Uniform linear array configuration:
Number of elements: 4
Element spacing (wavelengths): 0.25
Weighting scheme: kaiser
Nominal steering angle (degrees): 30
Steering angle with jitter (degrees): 29.357
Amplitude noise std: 0.05
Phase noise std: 0.05

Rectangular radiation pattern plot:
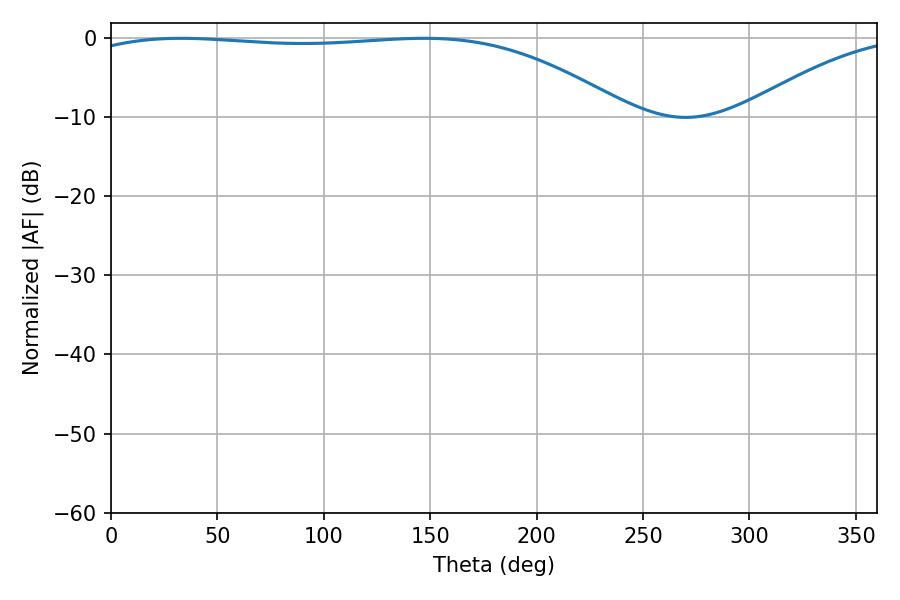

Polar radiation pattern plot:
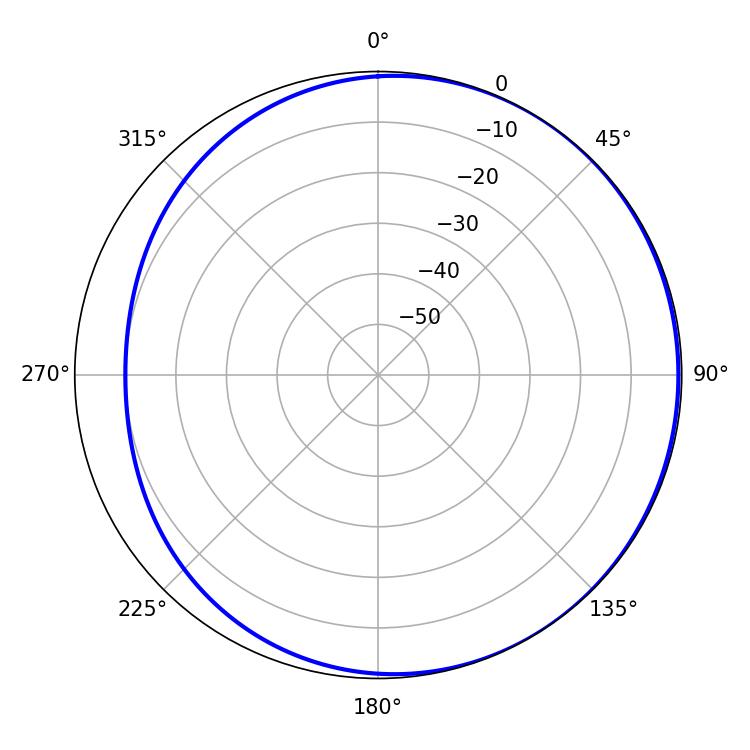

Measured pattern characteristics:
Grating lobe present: FALSE
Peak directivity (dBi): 1.581
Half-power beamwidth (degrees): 203.4
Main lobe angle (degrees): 32.94